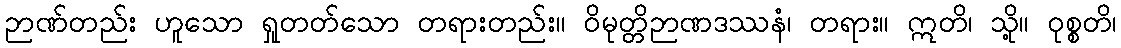
ဉာဏ်တည်း ဟူသော ရှုတတ်သော တရားတည်း။ ဝိမုတ္တိဉာဏဒဿနံ၊ တရား။ ဣတိ၊ သို့။ ဝုစ္စတိ၊